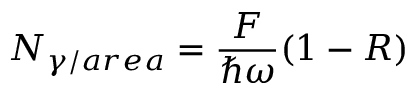
N _ { \gamma / a r e a } = \frac { F } { \hbar \omega } ( 1 - R )